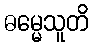
ဓမ္မေသူတိ